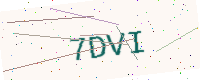
Text: 7DVI